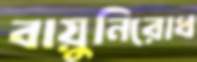
বায়ুনিরোধ